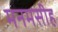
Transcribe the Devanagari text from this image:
मनमसीह